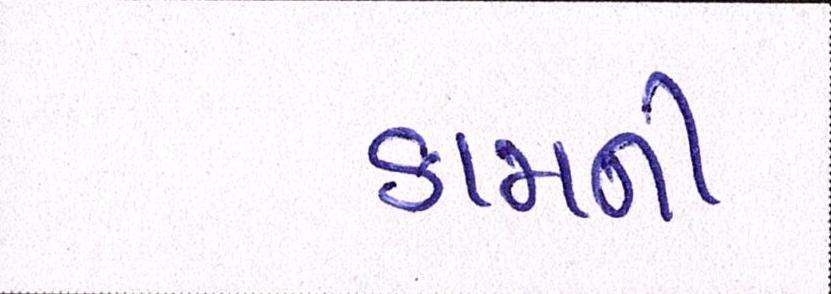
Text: કામની